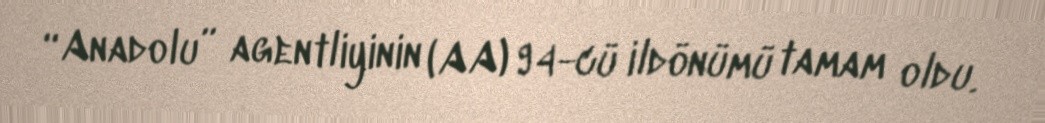
“Anadolu” agentliyinin (AA) 94-cü ildönümü tamam oldu.